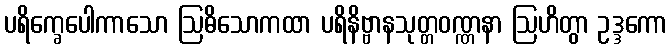
ပရိက္ခေပေါကာသော ဩဓိသောကထာ ပရိနိဗ္ဗာနသုတ္တဝဏ္ဏနာ ဩဟိတွာ ဥဒ္ဒကော